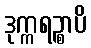
ဒုက္ကရဉ္စာပိ